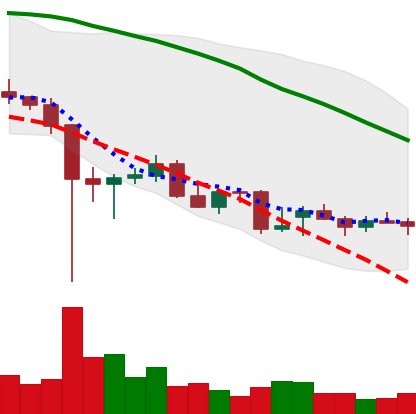
Ticker: ETC-USD
Chart end date: 2021-12-20
Forward return: 10.455%
Label: up_7plus